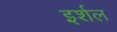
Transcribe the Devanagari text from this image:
इर्शल